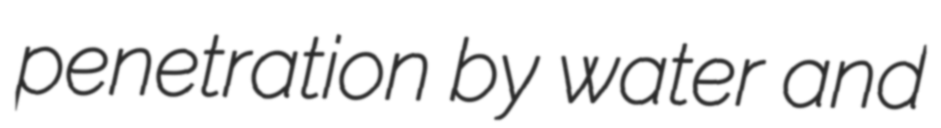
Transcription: penetration by water and